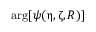
\mathrm { a r g } [ \psi ( \upeta , \upzeta , R ) ]